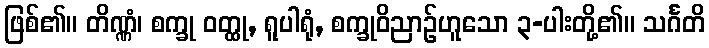
ဖြစ်၏။ တိဏ္ဏံ၊ စက္ခု ဝတ္ထု, ရူပါရုံ, စက္ခုဝိညာဉ်ဟူသော ၃-ပါးတို့၏။ သင်္ဂတိ